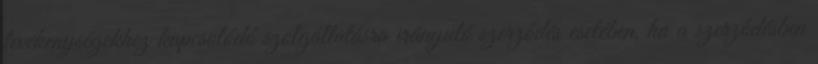
tevékenységekhez kapcsolódó szolgáltatásra irányuló szerződés esetében, ha a szerződésben